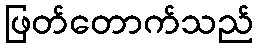
ဖြတ်တောက်သည်